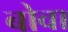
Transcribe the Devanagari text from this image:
बोवा